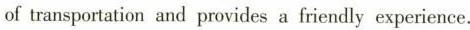
of transportation and provides a friendly experience.